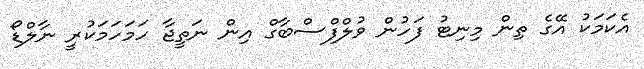
އެކަމަކު އޭގެ ތިން މިނިޓު ފަހުން ވުލްފްސްބާގް އިން ނަތީޖާ ހަމަހަމަކުރީ ނާލްޑޯ